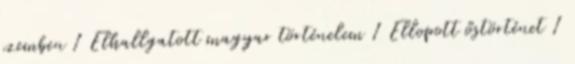
szemben 1 Elhallgatott magyar történelem 1 Ellopott őstörténet 1